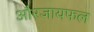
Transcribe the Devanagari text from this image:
औरजायफल